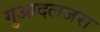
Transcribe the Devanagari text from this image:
गुआदलजरा